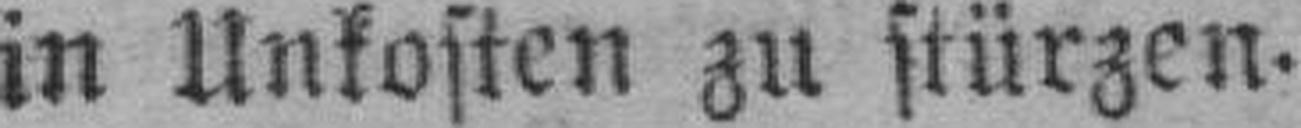
in Unkosten zu stürzen.